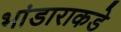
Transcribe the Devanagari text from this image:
भांडाराकडे